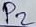
Text: P2